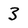
Character: 3